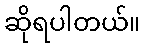
ဆိုရပါတယ်။